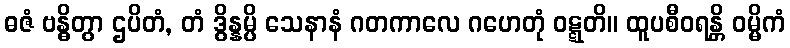
ဓဇံ ဗန္ဓိတွာ ဌပိတံ, တံ ဒွိန္နမ္ပိ သေနာနံ ဂတကာလေ ဂဟေတုံ ဝဋ္ဋတိ။ ထူပစီဝရန္တိ ဝမ္မိကံ